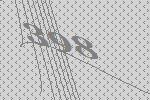
398